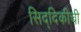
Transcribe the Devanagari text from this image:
सिद्दिकीची